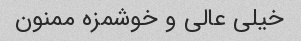
خیلی عالی و خوشمزه ممنون